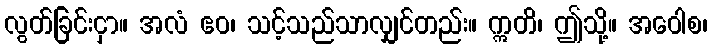
လွတ်ခြင်းငှာ။ အလံ ဧဝ၊ သင့်သည်သာလျှင်တည်း။ ဣတိ၊ ဤသို့။ အဝေါစ၊